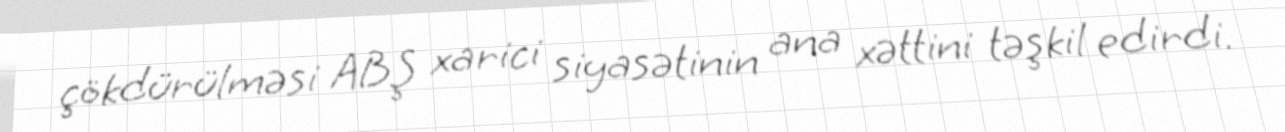
çökdürülməsi ABŞ xarici siyasətinin ana xəttini təşkil edirdi.